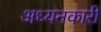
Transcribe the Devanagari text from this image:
अध्यनकारी